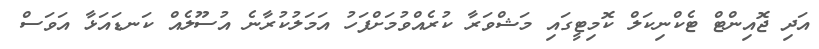
އަދި ޖޮއިންޓް ޓެކްނިކަލް ކޮމިޓީގައި މަޝްވަރާ ކުރެއްވުމަށްފަހު އަމަލުކުރާނެ އުސޫލެއް ކަނޑައަޅާ އަވަސް